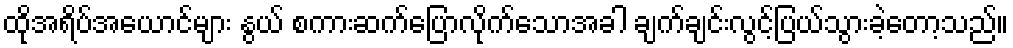
ထိုအရိပ်အယောင်များ နွယ် စကားဆက်ပြောလိုက်သောအခါ ချက်ချင်းလွင့်ပြယ်သွားခဲ့တော့သည်။